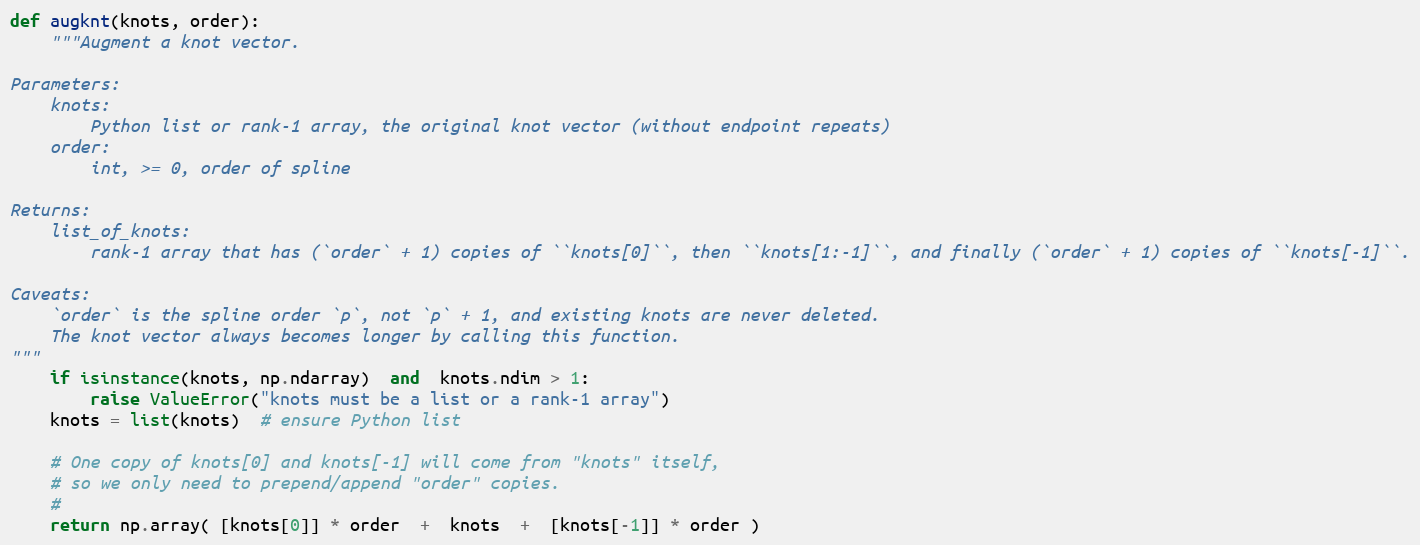
Language: Python
def augknt(knots, order):
    """Augment a knot vector.

Parameters:
    knots:
        Python list or rank-1 array, the original knot vector (without endpoint repeats)
    order:
        int, >= 0, order of spline

Returns:
    list_of_knots:
        rank-1 array that has (`order` + 1) copies of ``knots[0]``, then ``knots[1:-1]``, and finally (`order` + 1) copies of ``knots[-1]``.

Caveats:
    `order` is the spline order `p`, not `p` + 1, and existing knots are never deleted.
    The knot vector always becomes longer by calling this function.
"""
    if isinstance(knots, np.ndarray)  and  knots.ndim > 1:
        raise ValueError("knots must be a list or a rank-1 array")
    knots = list(knots)  # ensure Python list

    # One copy of knots[0] and knots[-1] will come from "knots" itself,
    # so we only need to prepend/append "order" copies.
    #
    return np.array( [knots[0]] * order  +  knots  +  [knots[-1]] * order )